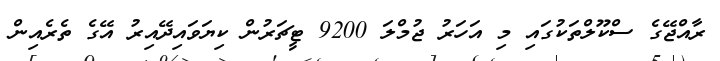
ރާއްޖޭގެ ސްކޫލްތަކުގައި މި އަހަރު ޖުމްލަ 9200 ޓީޗަރުން ކިޔަވައިދޭއިރު އޭގެ ތެރެއިން